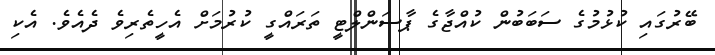
ބޭރުގައި ކުޅުމުގެ ސަބަބުން ކުއްޖާގެ ޕާސަންލްޓީ ތަރައްގީ ކުރުމަށް އެހީތެރިވެ ދެއެވެ. އެކި